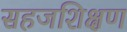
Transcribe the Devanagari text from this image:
सहजशिक्षण